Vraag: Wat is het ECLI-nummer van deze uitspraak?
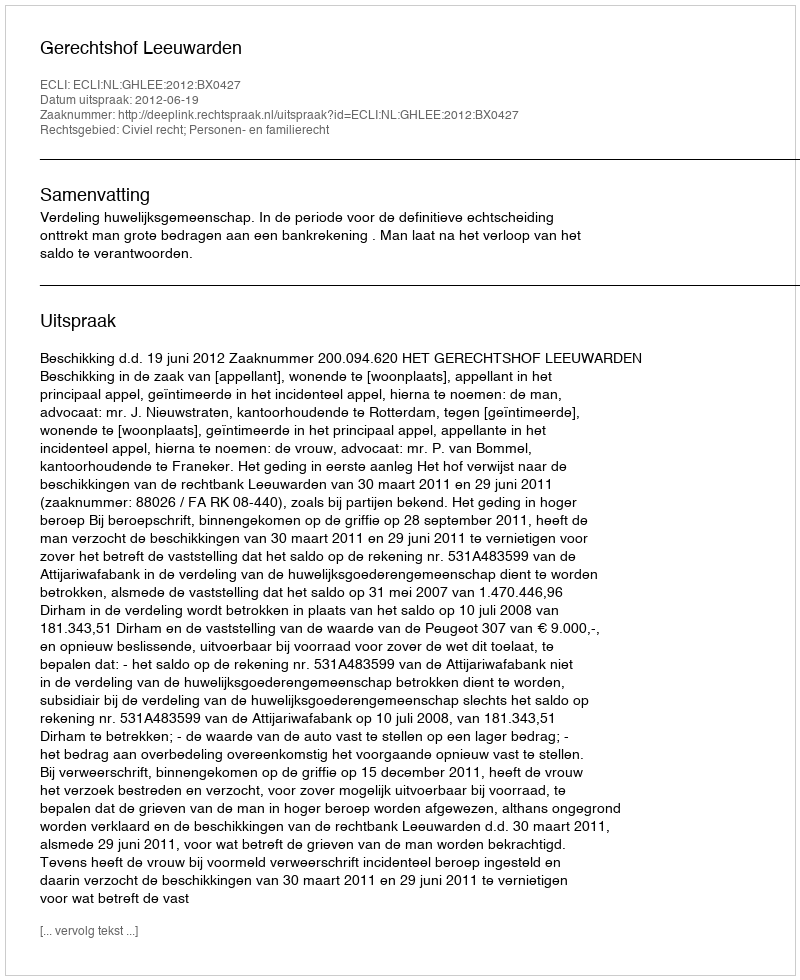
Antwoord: ECLI:NL:GHLEE:2012:BX0427